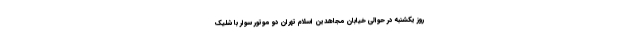
روز یکشنبه در حوالی خیابان مجاهدین اسلام تهران دو موتور سوار با شلیک